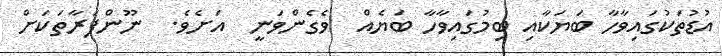
އުޑުތަކުގައިވާހާ ބަޔަކާއި ބިމުގައިވާހާ ބަޔެއް  ވެގެންވަނީ  އަށެވެ.  ނޫންފަރާތަކަށް